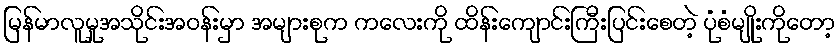
မြန်မာလူမှုအသိုင်းအဝန်းမှာ အများစုက ကလေးကို ထိန်းကျောင်းကြီးပြင်းစေတဲ့ ပုံစံမျိုးကိုတော့